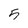
Character: 5